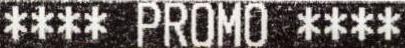
**** PROMO ****